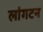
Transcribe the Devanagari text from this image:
लांगटन